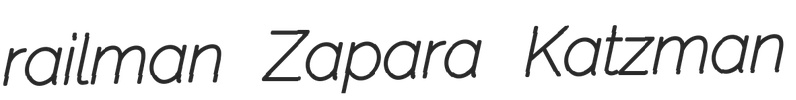
railman Zapara Katzman